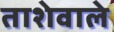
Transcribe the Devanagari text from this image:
ताशेवाले